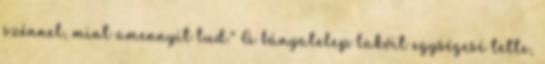
szénnel, mint amennyit tud." A bányatelep lakóit egységesé tette,